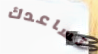
تساعدك